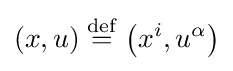
(x,u)\mathrel {\stackrel {\mathrm {def} }{=}} \left(x^{i},u^{\alpha }\right)